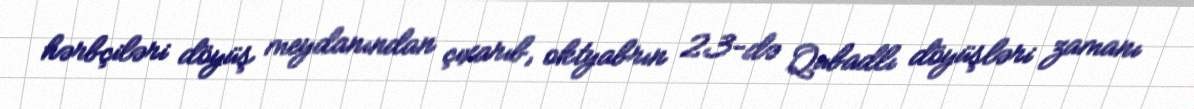
hərbçiləri döyüş meydanından çıxarıb, oktyabrın 23-də Qubadlı döyüşləri zamanı